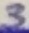
Text: 3